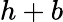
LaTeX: h+b